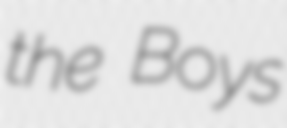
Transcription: the Boys